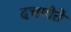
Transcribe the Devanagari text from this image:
दत्तगीते